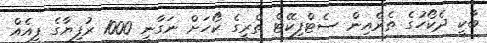
ބާކީ ދެކޯހުގެ ތެރެއިން ސެޓްފިކޭޓް ތްރީގެ ކޯހަށް ނަގާނީ 1000 ރުފިޔާގެ ފީއެއް